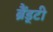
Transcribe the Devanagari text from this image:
ब्रैंड्टी